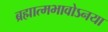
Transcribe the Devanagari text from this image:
ब्रह्मात्मभावोऽनया